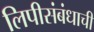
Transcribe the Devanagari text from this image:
लिपीसंबंधाची